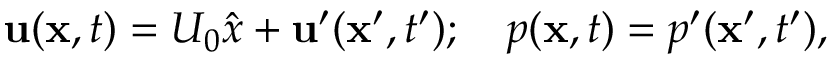
{ \bf u } ( { \bf x } , t ) = U _ { 0 } \hat { x } + { \bf u ^ { \prime } } ( { \bf x ^ { \prime } } , t ^ { \prime } ) ; ~ ~ ~ p ( { \bf x } , t ) = p ^ { \prime } ( { \bf x ^ { \prime } } , t ^ { \prime } ) ,